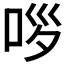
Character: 𱒤